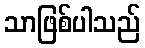
သာဖြစ်ပါသည်